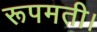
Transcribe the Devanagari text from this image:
रूपमती।